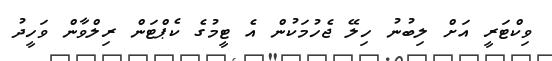
ވިކްޓަރީ އަށް ލިބުނު ހިލޭ ޖެހުމަކުން އެ ޓީމުގެ ކެޕްޓަން ރިލްވާން ވަހީދު